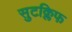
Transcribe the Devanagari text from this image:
सुटक्लिफ